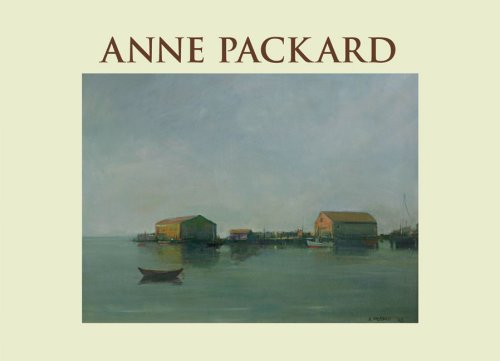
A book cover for Anne Packard; Arts & Photography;